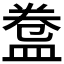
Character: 𥁸